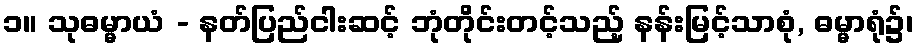
၁။ သုဓမ္မာယံ - နတ်ပြည်ငါးဆင့် ဘုံတိုင်းတင့်သည့် နန်းမြင့်သာစုံ, ဓမ္မာရုံ၌၊